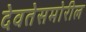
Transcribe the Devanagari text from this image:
देवतेसमोरील